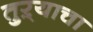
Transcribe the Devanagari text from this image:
तुऱ्याचा